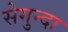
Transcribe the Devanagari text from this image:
सेगुन्दा